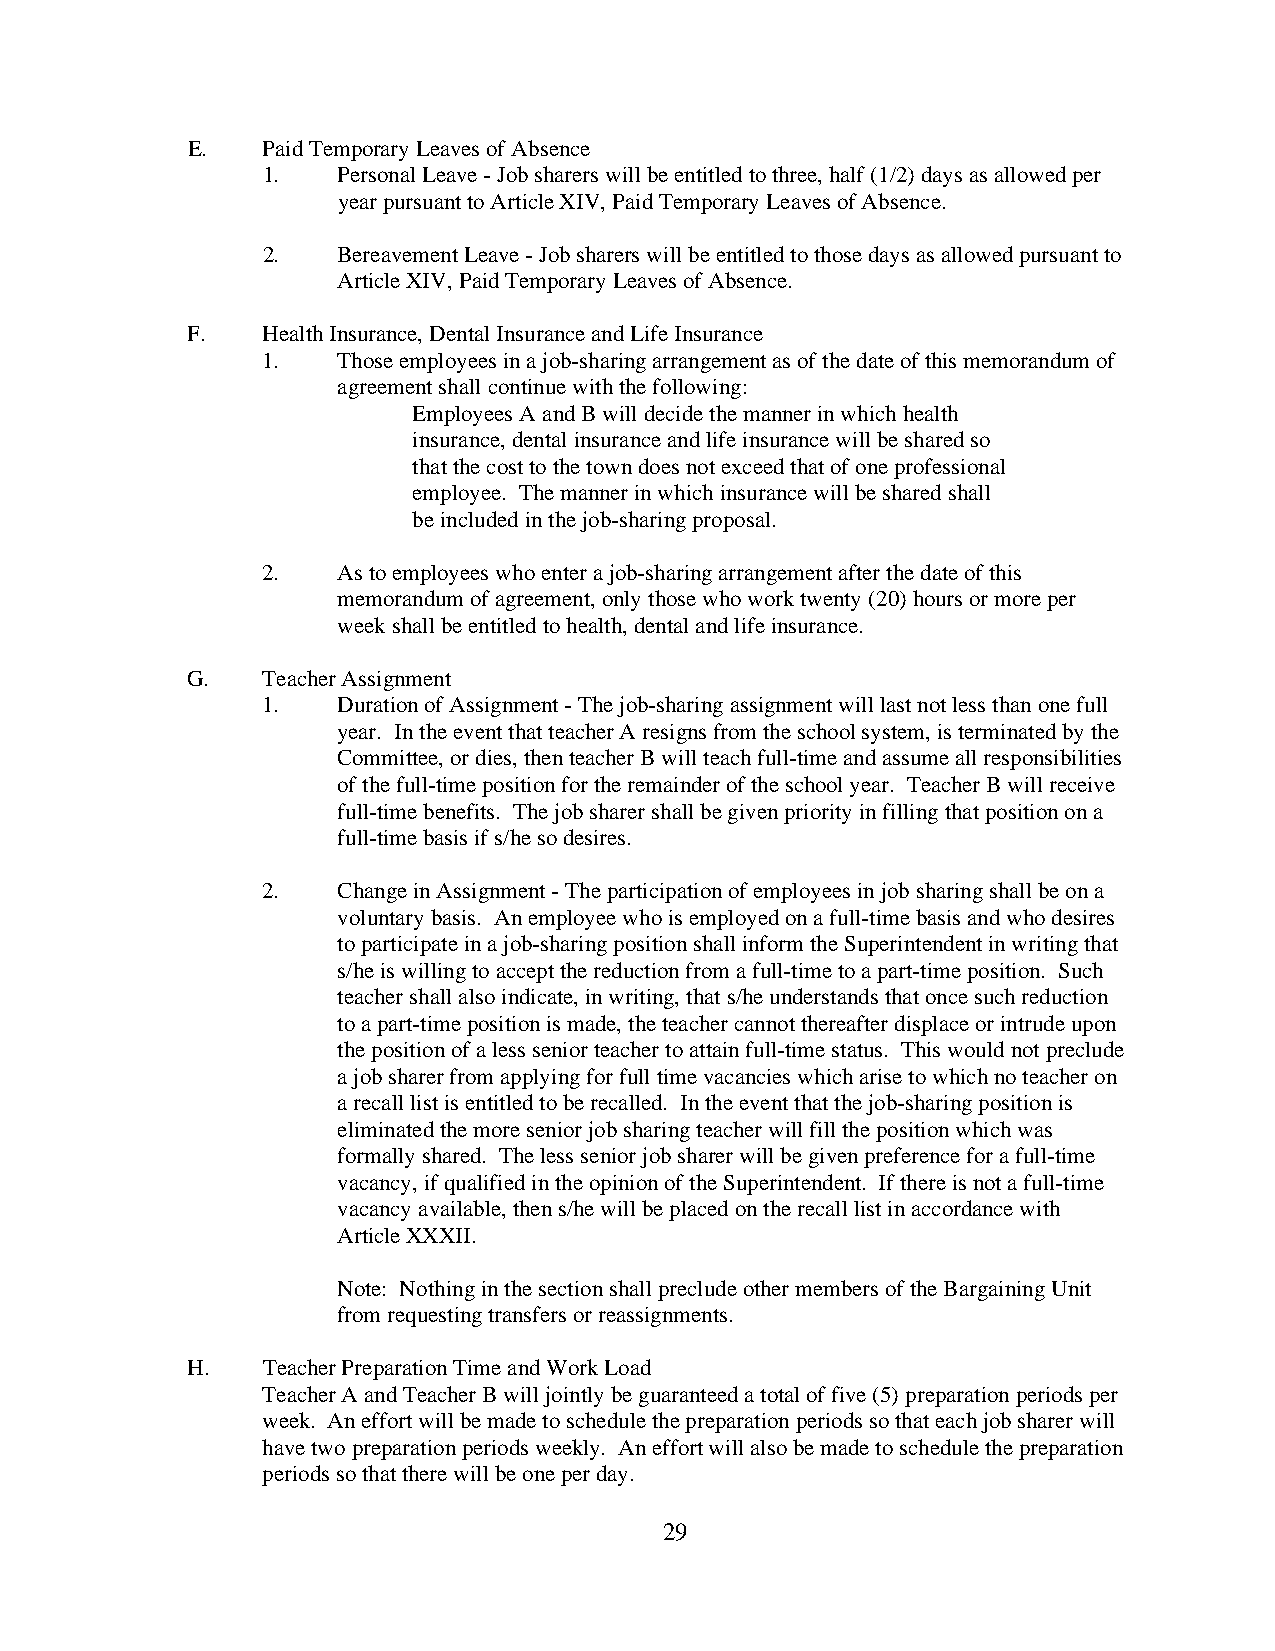
E.   Paid Temporary Leaves of Absence
 1.   Personal Leave - Job sharers will be entitled to three, half (1/2) days as allowed per
 year pursuant to Article XIV, Paid Temporary Leaves of Absence.
 2.   Bereavement Leave - Job sharers will be entitled to those days as allowed pursuant to
 Article XIV, Paid Temporary Leaves of Absence.
 F.   Health Insurance, Dental Insurance and Life Insurance
 1.   Those employees in a job-sharing arrangement as of the date of this memorandum of
 agreement shall continue with the following:
 Employees A and B will decide the manner in which health
 insurance, dental insurance and life insurance will be shared so
 that the cost to the town does not exceed that of one professional
 employee. The manner in which insurance will be shared shall
 be included in the job-sharing proposal.
 2.   As to employees who enter a job-sharing arrangement after the date of this
 memorandum of agreement, only those who work twenty (20) hours or more per
 week shall be entitled to health, dental and life insurance.
 G.   Teacher Assignment
 1.   Duration of Assignment - The job-sharing assignment will last not less than one full
 year. In the event that teacher A resigns from the school system, is terminated by the
 Committee, or dies, then teacher B will teach full-time and assume all responsibilities
 of the full-time position for the remainder of the school year. Teacher B will receive
 full-time benefits. The job sharer shall be given priority in filling that position on a
 full-time basis if s/he so desires.
 2.   Change in Assignment - The participation of employees in job sharing shall be on a
 voluntary basis. An employee who is employed on a full-time basis and who desires
 to participate in a job-sharing position shall inform the Superintendent in writing that
 s/he is willing to accept the reduction from a full-time to a part-time position. Such
 teacher shall also indicate, in writing, that s/he understands that once such reduction
 to a part-time position is made, the teacher cannot thereafter displace or intrude upon
 the position of a less senior teacher to attain full-time status. This would not preclude
 a job sharer from applying for full time vacancies which arise to which no teacher on
 a recall list is entitled to be recalled. In the event that the job-sharing position is
 eliminated the more senior job sharing teacher will fill the position which was
 formally shared. The less senior job sharer will be given preference for a full-time
 vacancy, if qualified in the opinion of the Superintendent. If there is not a full-time
 vacancy available, then s/he will be placed on the recall list in accordance with
 Article XXXII.
 Note: Nothing in the section shall preclude other members of the Bargaining Unit
 from requesting transfers or reassignments.
 H.   Teacher Preparation Time and Work Load
 Teacher A and Teacher B will jointly be guaranteed a total of five (5) preparation periods per
 week. An effort will be made to schedule the preparation periods so that each job sharer will
 have two preparation periods weekly. An effort will also be made to schedule the preparation
 periods so that there will be one per day.
 29